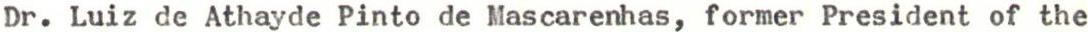
Dr. Luiz de Athayde Pinto de Mascarenhas, former President of the